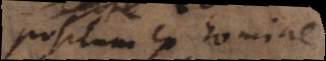
compositum ex homine